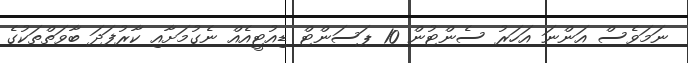
ނަމަވެސް އަންނަ އަަހަރު ސެންޓުން 10 ޕަސަންޓް ޑިއުޓީއެއް ނެގުމަށާއި ކާރުފަދަ ބާވަތްތަކުގެ